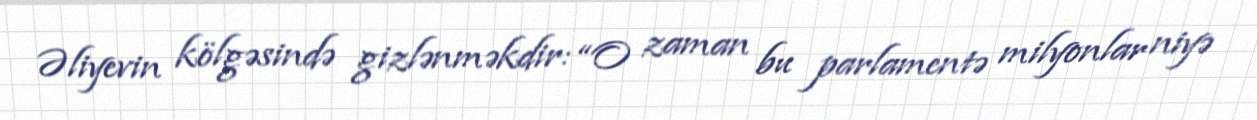
Əliyevin kölgəsində gizlənməkdir: “O zaman bu parlamentə milyonlar niyə